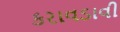
કરાવડાવી